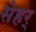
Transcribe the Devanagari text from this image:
सेहर्